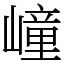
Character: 㠉